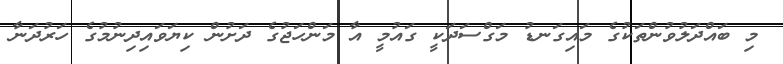
މި ބައްދަލުވުންތަކުގެ މައިގަނޑު މަގްސަދަކީ ގައުމީ އާ މަންހަޖުގެ ދަށުން ކިޔަވައިދިނުމުގެ ހަރުދަނާ